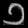
Digit: ၁